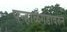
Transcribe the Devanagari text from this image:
पन्हाळगडावरुन